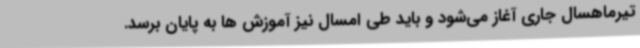
تیرماهسال جاری آغاز می‌شود و باید طی امسال نیز آموزش ها به پایان برسد.